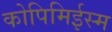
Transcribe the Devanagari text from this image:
कोपिमिईस्म